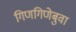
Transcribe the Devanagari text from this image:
गिणगिणेबुवा